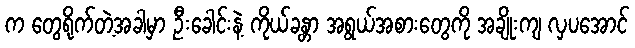
က တွေရိုက်တဲ့အခါမှာ ဦးခေါင်းနဲ့ ကိုယ်ခန္တာ အရွယ်အစားတွေကို အချိုးကျ လှပအောင်